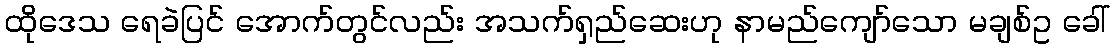
ထိုဒေသ ရေခဲပြင် အောက်တွင်လည်း အသက်ရှည်ဆေးဟု နာမည်ကျော်သော မချစ်ဥ ခေါ်